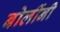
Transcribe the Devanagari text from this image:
बोलींनी